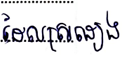
ដែលស្រដៀង